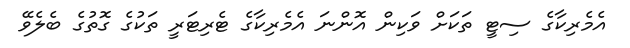
އެމެރިކާގެ ސިޓީ ތަކަށް ވަކިން އޮންނަ އެމެރިކާގެ ޓެރިޓަރީ ތަކުގެ ގޮތުގެ ބެލެވޭ